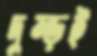
দুম্‌ড়ই